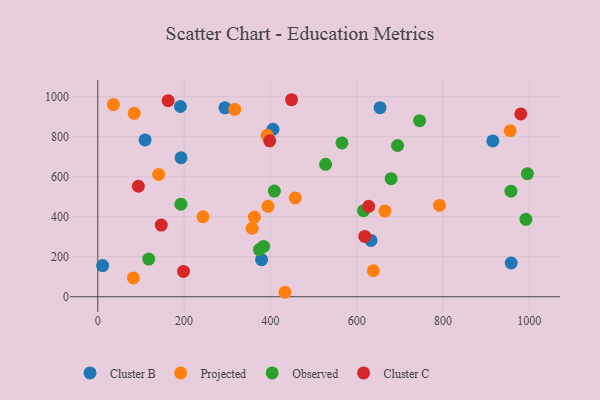
{"axis": {"x": "Investment", "y": "Demand"}, "legend": ["Cluster B", "Cluster C", "Observed", "Projected"], "data": [{"x": "11.2", "y": 156.1, "type": "Cluster B"}, {"x": "654.1", "y": 945.5, "type": "Cluster B"}, {"x": "915.3", "y": 779.2, "type": "Cluster B"}, {"x": "958.0", "y": 168.7, "type": "Cluster B"}, {"x": "192.9", "y": 694.9, "type": "Cluster B"}, {"x": "109.6", "y": 783.9, "type": "Cluster B"}, {"x": "294.7", "y": 944.8, "type": "Cluster B"}, {"x": "633.0", "y": 281.4, "type": "Cluster B"}, {"x": "191.4", "y": 951.2, "type": "Cluster B"}, {"x": "379.5", "y": 185.6, "type": "Cluster B"}, {"x": "406.0", "y": 837.6, "type": "Cluster B"}, {"x": "433.8", "y": 22.4, "type": "Projected"}, {"x": "362.8", "y": 398.5, "type": "Projected"}, {"x": "638.5", "y": 129.9, "type": "Projected"}, {"x": "955.7", "y": 830.1, "type": "Projected"}, {"x": "36.1", "y": 961.0, "type": "Projected"}, {"x": "394.4", "y": 451.9, "type": "Projected"}, {"x": "457.5", "y": 493.8, "type": "Projected"}, {"x": "243.7", "y": 400.1, "type": "Projected"}, {"x": "141.1", "y": 611.5, "type": "Projected"}, {"x": "392.2", "y": 807.2, "type": "Projected"}, {"x": "317.3", "y": 937.3, "type": "Projected"}, {"x": "84.4", "y": 916.9, "type": "Projected"}, {"x": "357.7", "y": 342.5, "type": "Projected"}, {"x": "82.4", "y": 93.9, "type": "Projected"}, {"x": "665.4", "y": 428.3, "type": "Projected"}, {"x": "791.8", "y": 456.5, "type": "Projected"}, {"x": "957.3", "y": 527.7, "type": "Observed"}, {"x": "679.6", "y": 590.3, "type": "Observed"}, {"x": "527.8", "y": 662.1, "type": "Observed"}, {"x": "745.7", "y": 880.5, "type": "Observed"}, {"x": "118.0", "y": 188.3, "type": "Observed"}, {"x": "374.4", "y": 236.1, "type": "Observed"}, {"x": "384.2", "y": 251.7, "type": "Observed"}, {"x": "192.6", "y": 462.9, "type": "Observed"}, {"x": "409.2", "y": 528.5, "type": "Observed"}, {"x": "694.6", "y": 756.2, "type": "Observed"}, {"x": "565.7", "y": 769.0, "type": "Observed"}, {"x": "615.8", "y": 430.6, "type": "Observed"}, {"x": "995.4", "y": 615.6, "type": "Observed"}, {"x": "992.0", "y": 387.1, "type": "Observed"}, {"x": "618.6", "y": 301.7, "type": "Cluster C"}, {"x": "94.0", "y": 552.6, "type": "Cluster C"}, {"x": "449.0", "y": 985.1, "type": "Cluster C"}, {"x": "147.0", "y": 358.4, "type": "Cluster C"}, {"x": "627.7", "y": 452.1, "type": "Cluster C"}, {"x": "163.1", "y": 980.3, "type": "Cluster C"}, {"x": "198.6", "y": 126.4, "type": "Cluster C"}, {"x": "398.4", "y": 779.6, "type": "Cluster C"}, {"x": "980.2", "y": 914.1, "type": "Cluster C"}]}